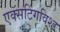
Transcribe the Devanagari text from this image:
एक्सटिंगविश्ड